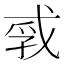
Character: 𪭐